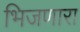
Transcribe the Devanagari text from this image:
भिजणारा